Jaan_Tonisson_(Lasteleht), lk 481
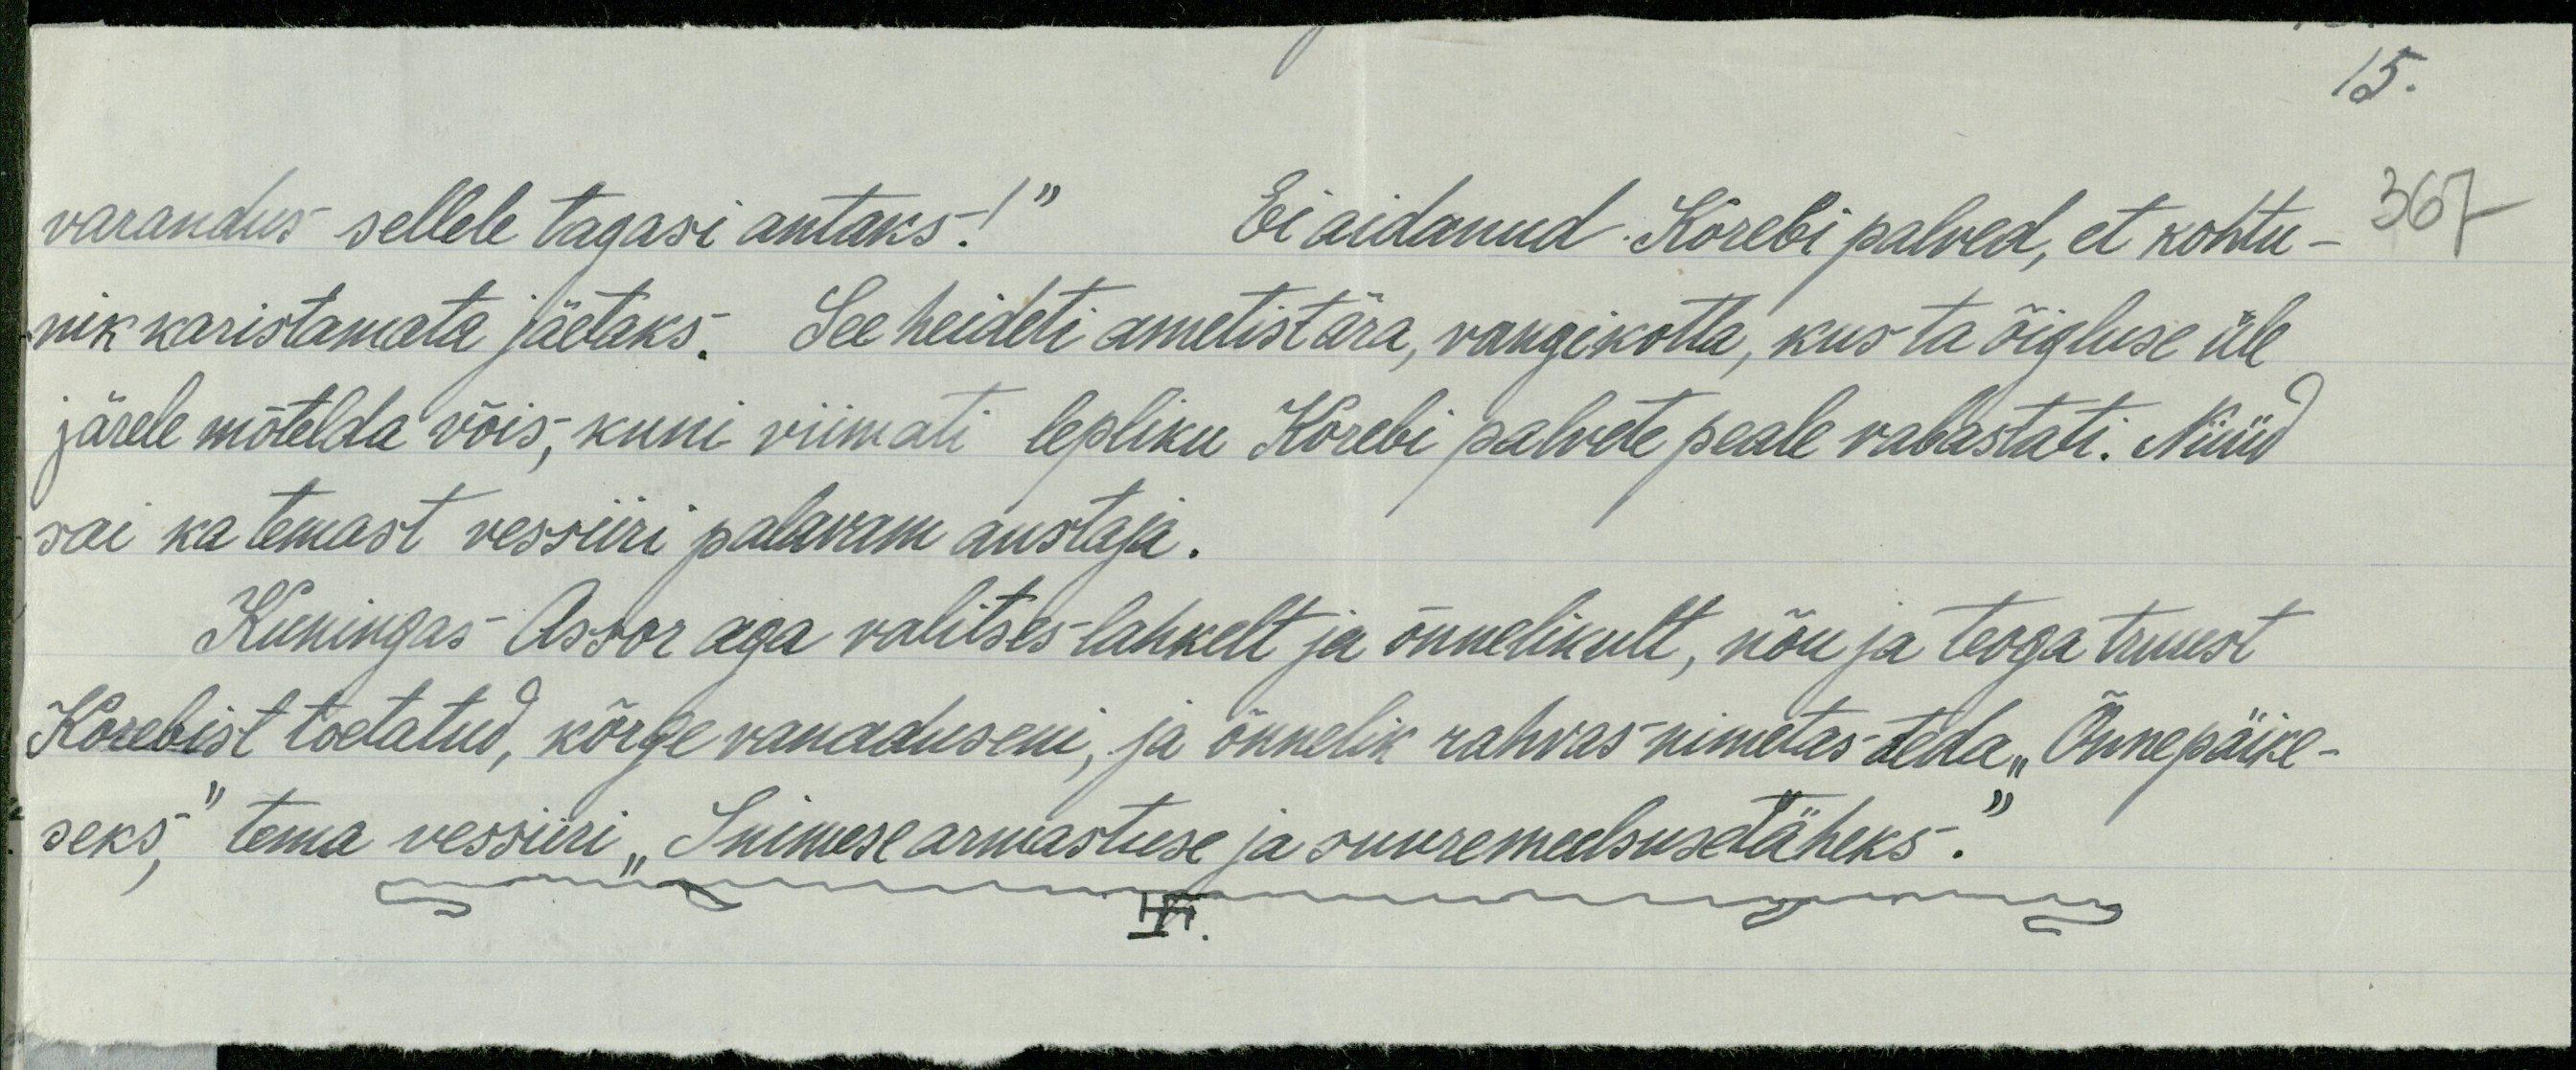
15.
varandus sellele tagasi antaks!" Ei aidanud Korebi palved, et kohtu- 367
nik karistamata jäetaks. See heideti ametist ära, vangikotta, kus ta õigluse üle
järele mõtelda võis, kuni viimati lepliku Korebi palvete peale vabastati. Nüüd
sai ka temast vessiiri palavam austaja.
Kuningas Assor aga valitses lahkelt ja õnnelikult, nõu ja teoga truust
Korebist toetatud, kõrge vanaduseni, ja õnnelik rahvas nimetas teda „Õnnepäike-
seks," tema vessiiri "Inimese armastuse ja suuremeelsuse täheks".